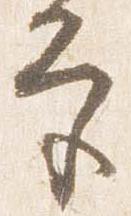
宮